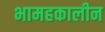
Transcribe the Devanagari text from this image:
भामहकालीन